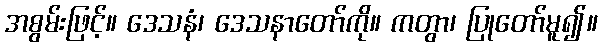
အစွမ်းဖြင့်။ ဒေသနံ၊ ဒေသနာတော်ကို။ ကတွာ၊ ပြုတော်မူ၍။